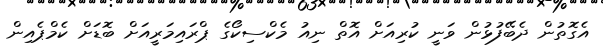
އެގޮތުން ދެބޭފުޅުން ވަނީ ކުރިއަށް އޮތް ނިއު މެކްސިކޯގެ ޕްރައިމަރީއަށް ބޮޑަށް ކެމްޕެއިން